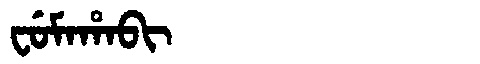
Manchu: ᠸᡠᠮᠠᡥᠠᠪᡳ
Romanization: FUMAHABI